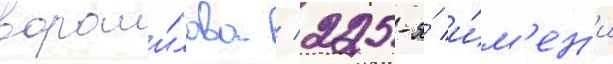
вороши́лова / 225-я́ и́м'ен'и